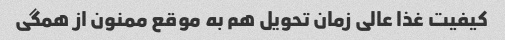
کیفیت غذا عالی زمان تحویل هم به موقع ممنون از همگی